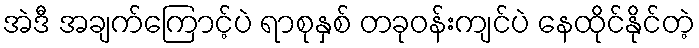
အဲဒီ အချက်ကြောင့်ပဲ ရာစုနှစ် တခုဝန်းကျင်ပဲ နေထိုင်နိုင်တဲ့